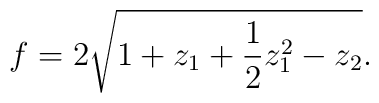
f = 2 \sqrt{1 + z_1 + {1\over 2} z_1^2 - z_2}.